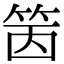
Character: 䇧